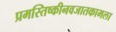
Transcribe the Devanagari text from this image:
प्रमस्तिष्कीनवजातकामला